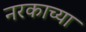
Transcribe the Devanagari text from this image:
नरकाच्या